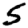
Digit: 5